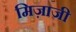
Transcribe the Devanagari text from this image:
मिज़ाजी